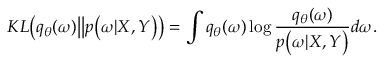
K L \big ( q _ { \theta } ( \boldsymbol { \omega } ) \big | \big | p \big ( \boldsymbol { \omega } | \boldsymbol { X } , \boldsymbol { Y } \big ) \big ) = \int q _ { \theta } ( \boldsymbol { \omega } ) \log \frac { q _ { \theta } ( \boldsymbol { \omega } ) } { p \big ( \boldsymbol { \omega } | \boldsymbol { X } , \boldsymbol { Y } \big ) } d \boldsymbol { \omega } .